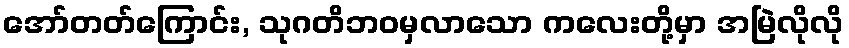
အော်တတ်ကြောင်း, သုဂတိဘဝမှလာသော ကလေးတို့မှာ အမြဲလိုလို